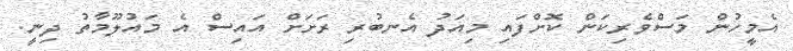
އެމީހުން މަސްވެރިކަން ކޮށްފައި މިއަދު އެނބުރި ރަށަށް އައިސް އެ މައުލޫމާތު ދިނީ.